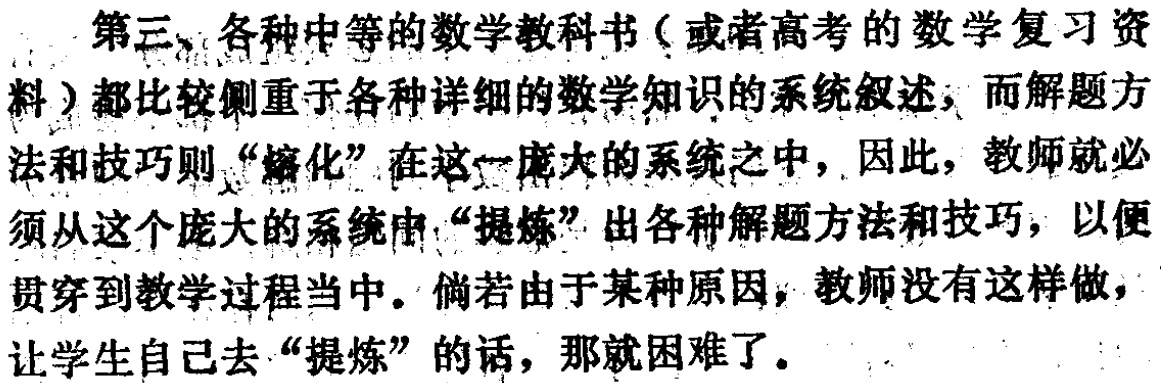
第三、各种中等的数学教科书（或者高考的数学复习资料）都比较侧重于各种详细的数学知识的系统叙述，而解题方法和技巧则“熔化”在这一庞大的系统之中，因此，教师就必须从这个庞大的系统中“提炼”出各种解题方法和技巧，以便贯穿到教学过程当中。倘若由于某种原因，教师没有这样做，让学生自己去“提炼”的话，那就困难了。